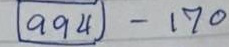
(994) - 170